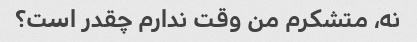
نه، متشکرم من وقت ندارم چقدر است؟